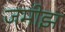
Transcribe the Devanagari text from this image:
जमीझ